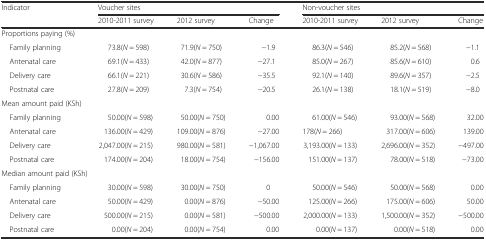
<table><thead><tr><td rowspan="2"><b>Indicator</b></td><td colspan="3"><b>Voucher sites</b></td><td colspan="3"><b>Non-voucher sites</b></td></tr><tr><td><b>2010-2011 survey</b></td><td><b>2012 survey</b></td><td><b>Change</b></td><td><b>2010-2011 survey</b></td><td><b>2012 survey</b></td><td><b>Change</b></td></tr></thead><tbody><tr><td>Proportions paying (%)</td><td></td><td></td><td></td><td></td><td></td><td></td></tr><tr><td> Family planning</td><td>73.8(<i>N</i> = 598)</td><td>71.9(<i>N</i> = 750)</td><td>−1.9</td><td>86.3(<i>N</i> = 546)</td><td>85.2(<i>N</i> = 568)</td><td>−1.1</td></tr><tr><td> Antenatal care</td><td>69.1(<i>N</i> = 433)</td><td>42.0(<i>N</i> = 877)</td><td>−27.1</td><td>85.0(<i>N</i> = 267)</td><td>85.6(<i>N</i> = 610)</td><td>0.6</td></tr><tr><td> Delivery care</td><td>66.1(<i>N</i> = 221)</td><td>30.6(<i>N</i> = 586)</td><td>−35.5</td><td>92.1(<i>N</i> = 140)</td><td>89.6(<i>N</i> = 357)</td><td>−2.5</td></tr><tr><td> Postnatal care</td><td>27.8(<i>N</i> = 209)</td><td>7.3(<i>N</i> = 754)</td><td>−20.5</td><td>26.1(<i>N</i> = 138)</td><td>18.1(<i>N</i> = 519)</td><td>−8.0</td></tr><tr><td colspan="7">Mean amount paid (KSh)</td></tr><tr><td> Family planning</td><td>50.00(<i>N</i> = 598)</td><td>50.00(<i>N</i> = 750)</td><td>0.00</td><td>61.00(<i>N</i> = 546)</td><td>93.00(<i>N</i> = 568)</td><td>32.00</td></tr><tr><td> Antenatal care</td><td>136.00(<i>N</i> = 429)</td><td>109.00(<i>N</i> = 876)</td><td>−27.00</td><td>178(<i>N</i> = 266)</td><td>317.00(<i>N</i> = 606)</td><td>139.00</td></tr><tr><td> Delivery care</td><td>2,047.00(<i>N</i> = 215)</td><td>980.00(<i>N</i> = 581)</td><td>−1,067.00</td><td>3,193.00(<i>N</i> = 133)</td><td>2,696.00(<i>N</i> = 352)</td><td>−497.00</td></tr><tr><td> Postnatal care</td><td>174.00(<i>N</i> = 204)</td><td>18.00(<i>N</i> = 754)</td><td>−156.00</td><td>151.00(<i>N</i> = 137)</td><td>78.00(<i>N</i> = 518)</td><td>−73.00</td></tr><tr><td colspan="7">Median amount paid (KSh)</td></tr><tr><td> Family planning</td><td>30.00(<i>N</i> = 598)</td><td>30.00(<i>N</i> = 750)</td><td>0</td><td>50.00(<i>N</i> = 546)</td><td>50.00(<i>N</i> = 568)</td><td>0.00</td></tr><tr><td> Antenatal care</td><td>50.00(<i>N</i> = 429)</td><td>0.00(<i>N</i> = 876)</td><td>−50.00</td><td>125.00(<i>N</i> = 266)</td><td>175.00(<i>N</i> = 606)</td><td>50.00</td></tr><tr><td> Delivery care</td><td>500.00(<i>N</i> = 215)</td><td>0.00(<i>N</i> = 581)</td><td>−500.00</td><td>2,000.00(<i>N</i> = 133)</td><td>1,500.00(<i>N</i> = 352)</td><td>−500.00</td></tr><tr><td> Postnatal care</td><td>0.00(<i>N</i> = 204)</td><td>0.00(<i>N</i> = 754)</td><td>0.00</td><td>0.00(<i>N</i> = 137)</td><td>0.00(<i>N</i> = 518)</td><td>0.00</td></tr></tbody></table>